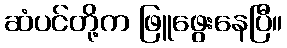
ဆံပင်တို့က ဖြူဖွေးနေပြီ။